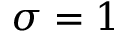
\sigma = 1